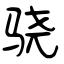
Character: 骁